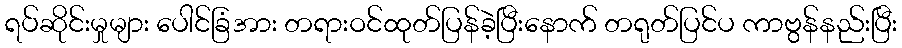
ရပ်ဆိုင်းမှုများ ပေါင်ခြံအား တရားဝင်ထုတ်ပြန်ခဲ့ပြီးနောက် တရုတ်ပြင်ပ ကာဗွန်နည်းပြီး